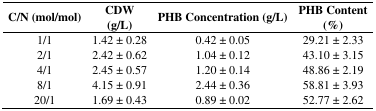
| C/N (mol/mol) | CDW (g/L) | PHB Concentration (g/L) | PHB Content (%) |
 | --- | --- | --- | --- |
 | 1/1 | 1.42 ± 0.28 | 0.42 ± 0.05 | 29.21 ± 2.33 |
 | 2/1 | 2.42 ± 0.62 | 1.04 ± 0.12 | 43.10 ± 3.15 |
 | 4/1 | 2.45 ± 0.57 | 1.20 ± 0.14 | 48.86 ± 2.19 |
 | 8/1 | 4.15 ± 0.91 | 2.44 ± 0.36 | 58.81 ± 3.93 |
 | 20/1 | 1.69 ± 0.43 | 0.89 ± 0.02 | 52.77 ± 2.62 |